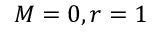
{ \cal M } = 0 , r = 1